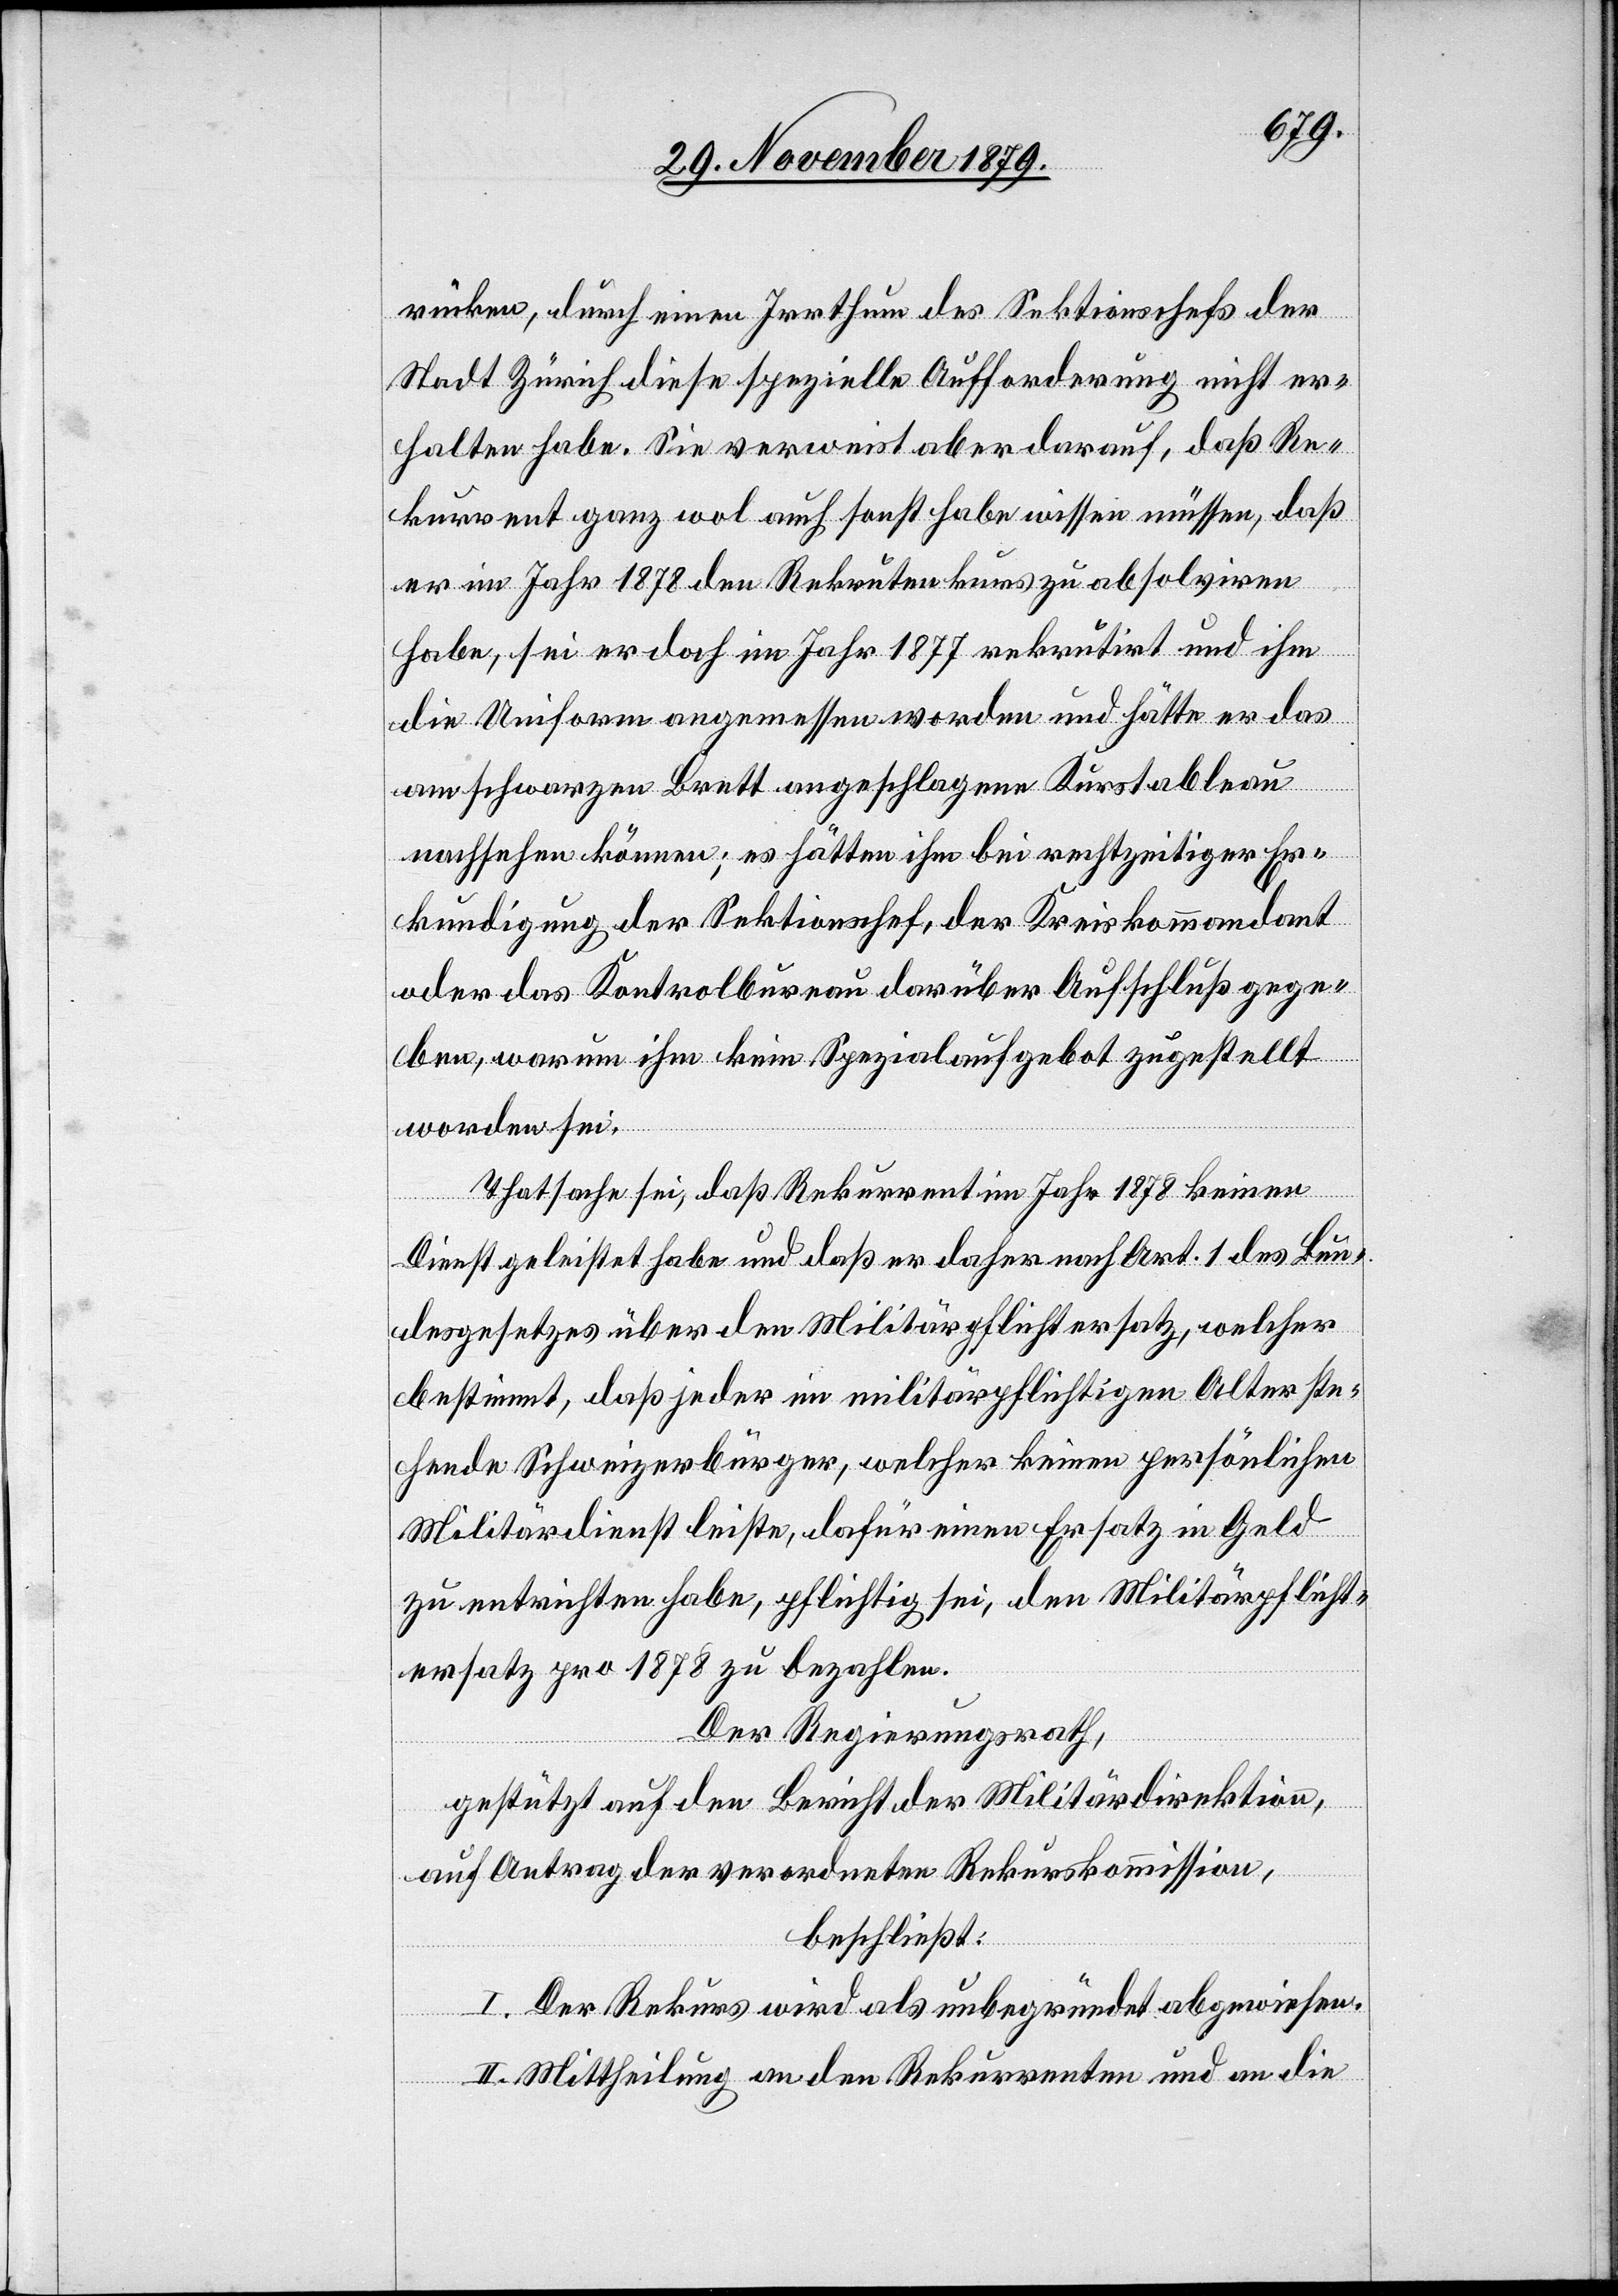
rücken, durch einen Irrthum des Sektionschef der
Stadt Zürich diese spezielle Aufforderung nicht er¬
halten habe. Sie verweist aber darauf, daß Re¬
kurrent ganz wol auch sonst habe wissen müssen, daß
er im Jahr 1878 den Rekrutenkurs zu absolviren
habe, sei er doch im Jahr 1877 rekrutirt und ihm
die Uniform angemessen worden und hätte er das
am schwarzen Brett angeschlagene Kurstableau
nachsehen können; es hätten ihm bei rechtzeitiger Er¬
kundigung der Sektionschef, der Kreiskommandant
oder das Kontrolbureau darüber Aufschluß gege¬
ben, warum ihm kein Spezialaufgebot zugestellt
worden sei.
Thatsache sei, daß Rekurrent im Jahr 1878 keinen
Dienst geleistet habe und daß er daher nach Art. 1 des Bun¬
desgesetzes über den Militärpflichtersatz, welcher
bestimmt, daß jeder im militärpflichtigen Alter ste¬
hende Schweizerbürger, welcher keinen persönlichen
Militärdienst leiste, dafür einen Ersatz in Geld
zu entrichten habe, pflichtig sei, den Militärpflicht¬
ersatz pro 1878 zu bezahlen.
Der Regierungsrath,
gestützt auf den Bericht der Militärdirektion,
auf Antrag der verordneten Rekurskommission,
beschließt:
I. Der Rekurs wird als unbegründet abgewiesen.
II. Mittheilung an den Rekurrenten und an die